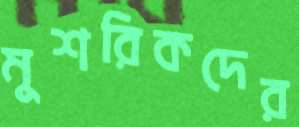
মুশরিকদের